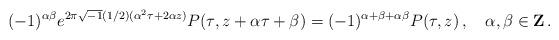
LaTeX: \begin{align*}(-1)^{\alpha\beta}e^{2\pi \sqrt{-1}(1/2)(\alpha^2\tau+2\alpha z)}P(\tau,z+\alpha\tau+\beta)=(-1)^{\alpha+\beta+\alpha\beta}P(\tau,z)\,,\quad \alpha,\beta \in {\bf Z}\, .\end{align*}